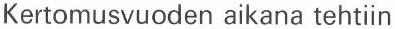
Kertomusvuoden aikana tehtiin